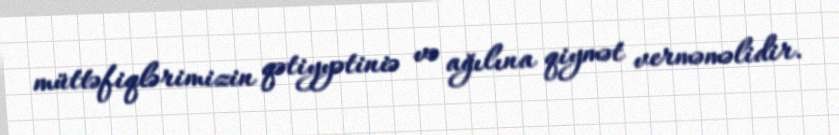
müttəfiqlərimizin qətiyyətiniə və ağılına qiymət verməməlidir.